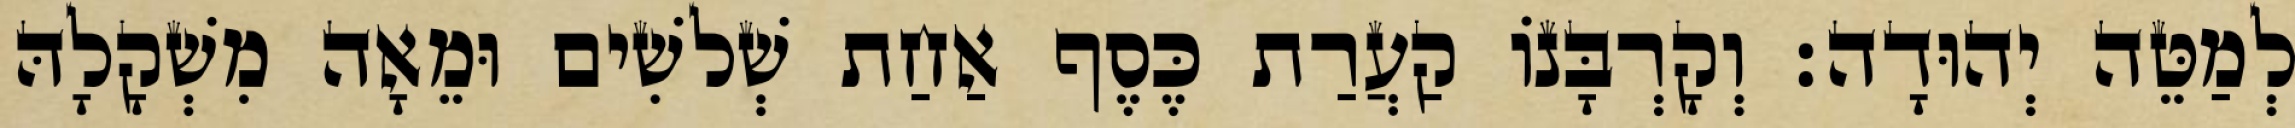
לְמַטֵּה יְהוּדָה׃ וְקָרְבָּנוֹ קַעֲרַת כֶּסֶף אַחַת שְׁלשִׁים וּמֵאָה מִשְׁקָלָהּ